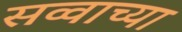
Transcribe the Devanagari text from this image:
सव्वाच्या